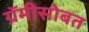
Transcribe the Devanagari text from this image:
ग्रॅमीसोबत